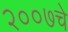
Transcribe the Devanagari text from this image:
२००७चे